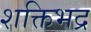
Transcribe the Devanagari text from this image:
शक्तिभद्र